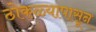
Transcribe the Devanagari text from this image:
ठोकळ्यापासून